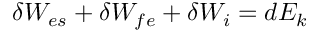
\delta W _ { e s } + \delta W _ { f e } + \delta W _ { i } = d E _ { k }